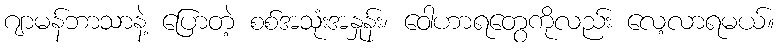
ဂျာမန်ဘာသာနဲ့ ပြောတဲ့ စစ်အသုံးအနှုန်း၊ ဝေါဟာရတွေကိုလည်း လေ့လာရမယ်။